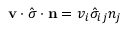
\mathbf { v } \cdot \hat { \boldsymbol { \sigma } } \cdot \mathbf { n } = v _ { i } \hat { \sigma } _ { i j } n _ { j }